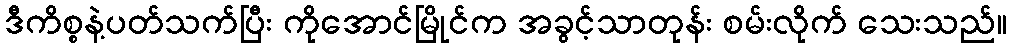
ဒီကိစ္စနဲ့ပတ်သက်ပြီး ကိုအောင်မြိုင်က အခွင့်သာတုန်း စမ်းလိုက် သေးသည်။